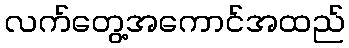
လက်တွေ့အကောင်အထည်